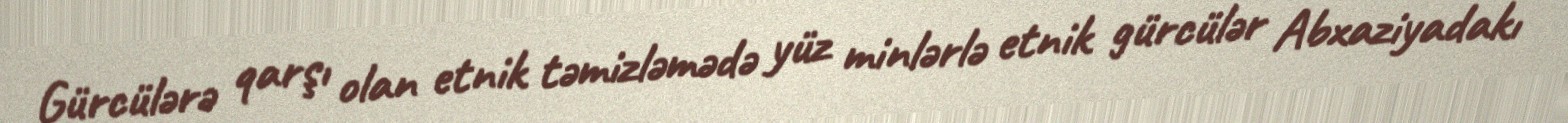
Gürcülərə qarşı olan etnik təmizləmədə yüz minlərlə etnik gürcülər Abxaziyadakı